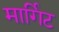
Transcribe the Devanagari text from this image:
मार्गिट